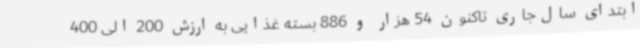
ابتدای سال‌جاری تاکنون 54 هزار و 886 بسته غذایی به ارزش 200 الی 400